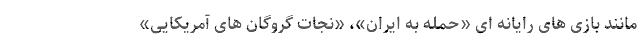
مانند بازی های رایانه ای «حمله به ایران»، «نجات گروگان های آمریکایی»